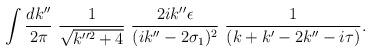
LaTeX: \begin{align*}\int \frac{dk''}{2\pi}\,\,\frac{1}{\sqrt{k''^{2}+4}}\,\,\frac{2ik''\epsilon}{(i k''-2\sigma_{1})^{2}}\,\,\frac{1}{(k+k'-2k''-i\tau)}.\end{align*}